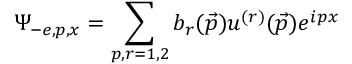
\Psi _ { - e , p , x } = \sum _ { p , r = 1 , 2 } b _ { r } ( \vec { p } ) u ^ { ( r ) } ( \vec { p } ) e ^ { i p x }